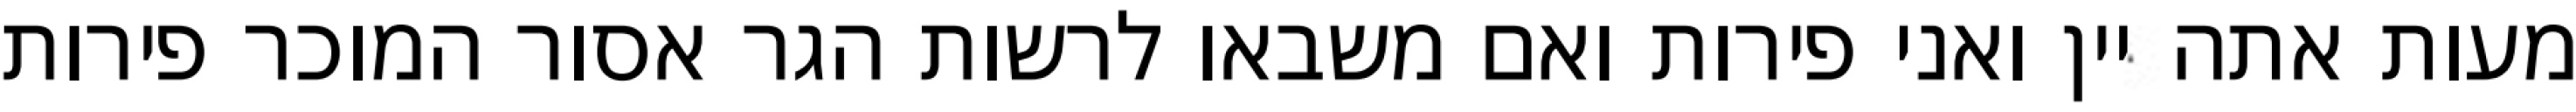
מעות אתה יין ואני פירות ואם משבאו לרשות הגר אסור המוכר פירות